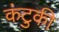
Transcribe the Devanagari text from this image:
कंटुकी